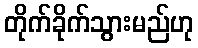
တိုက်ခိုက်သွားမည်ဟု